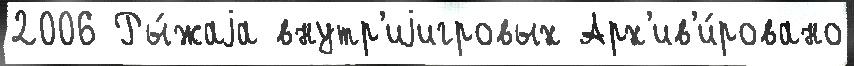
2006 Ры́жаjа внутр'иjигровых Арх'ив'и́ровано